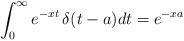
LaTeX: \begin{align*}\int_0^\infty e^{-xt} \, \delta(t-a) dt &= e^{-xa}\end{align*}